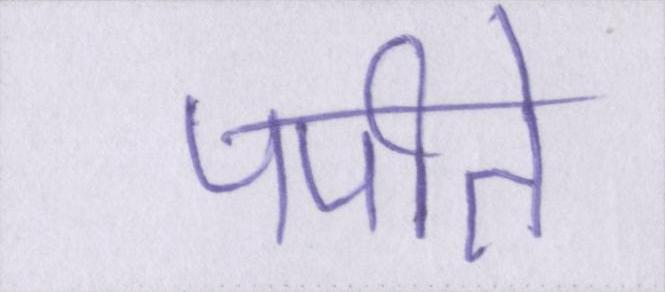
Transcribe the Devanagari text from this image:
पपीते